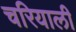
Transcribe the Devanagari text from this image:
चरियाली